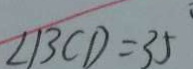
\angle B C D = 3 5